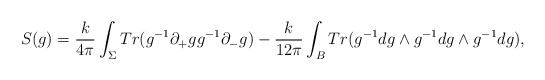
\begin{align*}S(g)=\frac{k}{4\pi}\int_\Sigma Tr(g^{-1}\partial_+gg^{-1}\partial_-g)-\frac{k}{12\pi}\int_B Tr(g^{-1}dg\wedge g^{-1}dg\wedge g^{-1}dg),\end{align*}